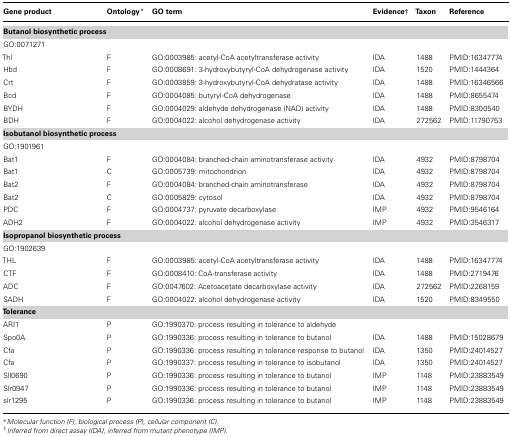
<table><thead><tr><td><b>Gene product</b></td><td><b>Ontology*</b></td><td><b>GO term</b></td><td><b>Evidence†</b></td><td><b>Taxon</b></td><td><b>Reference</b></td></tr></thead><tbody><tr><td><b>Butanol biosynthetic process</b></td></tr><tr><td>GO:0071271</td><td></td><td></td><td></td><td></td><td></td></tr><tr><td>Thl</td><td>F</td><td>GO:0003985: acetyl-CoA acetyltransferase activity</td><td>IDA</td><td>1488</td><td>PMID:16347774</td></tr><tr><td>Hbd</td><td>F</td><td>GO:0008691: 3-hydroxybutyryl-CoA dehydrogenase activity</td><td>IDA</td><td>1520</td><td>PMID:1444364</td></tr><tr><td>Crt</td><td>F</td><td>GO:0003859: 3-hydroxybutyryl-CoA dehydratase activity</td><td>IDA</td><td>1488</td><td>PMID:16346566</td></tr><tr><td>Bcd</td><td>F</td><td>GO:0004085: butyryl-CoA dehydrogenase</td><td>IDA</td><td>1488</td><td>PMID:8655474</td></tr><tr><td>BYDH</td><td>F</td><td>GO:0004029: aldehyde dehydrogenase (NAD) activity</td><td>IDA</td><td>1488</td><td>PMID:8300540</td></tr><tr><td>BDH</td><td>F</td><td>GO:0004022: alcohol dehydrogenase activity</td><td>IDA</td><td>272562</td><td>PMID:11790753</td></tr><tr><td><b>Isobutanol biosynthetic process</b></td></tr><tr><td>GO:1901961</td><td></td><td></td><td></td><td></td><td></td></tr><tr><td>Bat1</td><td>F</td><td>GO:0004084: branched-chain aminotransferase activity</td><td>IDA</td><td>4932</td><td>PMID:8798704</td></tr><tr><td>Bat1</td><td>C</td><td>GO:0005739: mitochondrion</td><td>IDA</td><td>4932</td><td>PMID:8798704</td></tr><tr><td>Bat2</td><td>F</td><td>GO:0004084: branched-chain aminotransferase</td><td>IDA</td><td>4932</td><td>PMID:8798704</td></tr><tr><td>Bat2</td><td>C</td><td>GO:0005829: cytosol</td><td>IDA</td><td>4932</td><td>PMID:8798704</td></tr><tr><td>PDC</td><td>F</td><td>GO:0004737: pyruvate decarboxylase</td><td>IMP</td><td>4932</td><td>PMID:9546164</td></tr><tr><td>ADH2</td><td>F</td><td>GO:0004022: alcohol dehydrogenase activity</td><td>IMP</td><td>4932</td><td>PMID:3546317</td></tr><tr><td><b>Isopropanol biosynthetic process</b></td></tr><tr><td>GO:1902639</td><td></td><td></td><td></td><td></td><td></td></tr><tr><td>THL</td><td>F</td><td>GO:0003985: acetyl-CoA acetyltransferase activity</td><td>IDA</td><td>1488</td><td>PMID:16347774</td></tr><tr><td>CTF</td><td>F</td><td>GO:0008410: CoA-transferase activity</td><td>IDA</td><td>1488</td><td>PMID:2719476</td></tr><tr><td>ADC</td><td>F</td><td>GO:0047602: Acetoacetate decarboxylase activity</td><td>IDA</td><td>272562</td><td>PMID:2268159</td></tr><tr><td>SADH</td><td>F</td><td>GO:0004022: alcohol dehydrogenase activity</td><td>IDA</td><td>1520</td><td>PMID:8349550</td></tr><tr><td><b>Tolerance</b></td></tr><tr><td>ARI1</td><td>P</td><td>GO:1990370: process resulting in tolerance to aldehyde</td><td></td><td></td><td></td></tr><tr><td>Spo0A</td><td>P</td><td>GO:1990336: process resulting in tolerance to butanol</td><td>IDA</td><td>1488</td><td>PMID:15028679</td></tr><tr><td>Cfa</td><td>P</td><td>GO:1990336: process resulting in tolerance response to butanol</td><td>IDA</td><td>1350</td><td>PMID:24014527</td></tr><tr><td>Cfa</td><td>P</td><td>GO:1990337: process resulting in tolerance to isobutanol</td><td>IDA</td><td>1350</td><td>PMID:24014527</td></tr><tr><td>Sll0690</td><td>P</td><td>GO:1990336: process resulting in tolerance to butanol</td><td>IMP</td><td>1148</td><td>PMID:23883549</td></tr><tr><td>Slr0947</td><td>P</td><td>GO:1990336: process resulting in tolerance to butanol</td><td>IMP</td><td>1148</td><td>PMID:23883549</td></tr><tr><td>slr1295</td><td>P</td><td>GO:1990336: process resulting in tolerance to butanol</td><td>IMP</td><td>1148</td><td>PMID:23883549</td></tr></tbody></table>